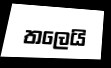
තලෙයි